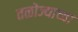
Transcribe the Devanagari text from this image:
तळोज्याच्या